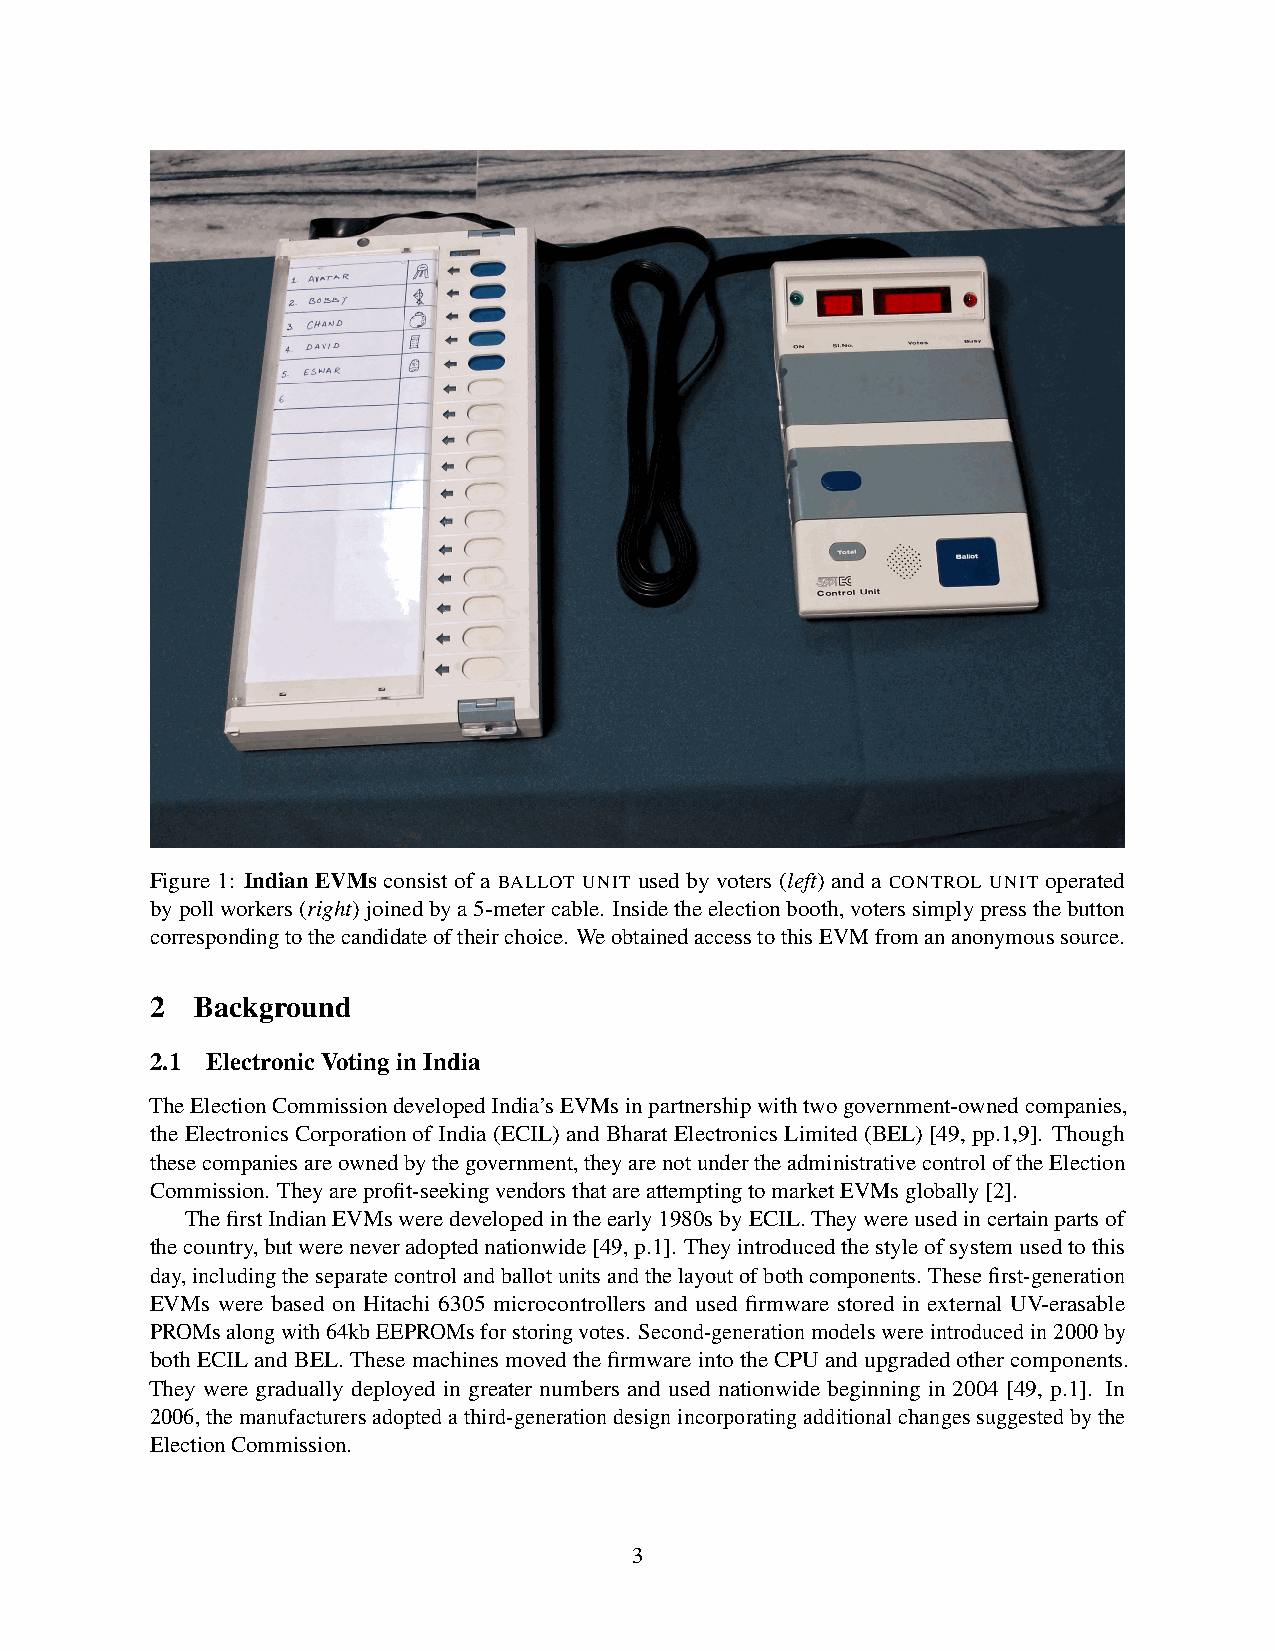
Figure 1: Indian EVMs consist of a BALLOT UNIT used by voters (left) and a CONTROL UNIT operated
 bypollworkers(right)joinedbya5-metercable. Insidetheelectionbooth,voterssimplypressthebutton
 correspondingtothecandidateoftheirchoice. WeobtainedaccesstothisEVMfromananonymoussource.
 2  Background
 2.1 ElectronicVotinginIndia
 TheElectionCommissiondevelopedIndia’sEVMsinpartnershipwithtwogovernment-ownedcompanies,
 the Electronics Corporation of India (ECIL) and Bharat Electronics Limited (BEL) [49, pp.1,9]. Though
 thesecompaniesareownedbythegovernment,theyarenotundertheadministrativecontroloftheElection
 Commission. Theyareprofit-seekingvendorsthatareattemptingtomarketEVMsglobally[2].
 ThefirstIndianEVMsweredevelopedintheearly1980sbyECIL.Theywereusedincertainpartsof
 thecountry,butwereneveradoptednationwide[49,p.1]. Theyintroducedthestyleofsystemusedtothis
 day,includingtheseparatecontrolandballotunitsandthelayoutofbothcomponents. Thesefirst-generation
 EVMs were based on Hitachi 6305 microcontrollers and used firmware stored in external UV-erasable
 PROMsalongwith64kbEEPROMsforstoringvotes. Second-generationmodelswereintroducedin2000by
 bothECILandBEL.ThesemachinesmovedthefirmwareintotheCPUandupgradedothercomponents.
 They were gradually deployed in greater numbers and used nationwide beginning in 2004 [49, p.1]. In
 2006,themanufacturersadoptedathird-generationdesignincorporatingadditionalchangessuggestedbythe
 ElectionCommission.
 3